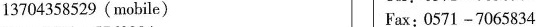
13704358529(mobile) Fax:0571 -7065834